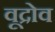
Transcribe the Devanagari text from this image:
वूद्रोव